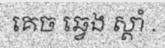
គេច ឆ្វេង ស្តាំ .